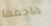
هاجمها